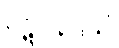
ပဋိပါဒေသိံ